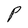
Character: P